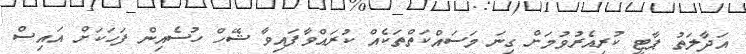
އަދާލަތު ޕާޓީ ކުރިއެރުވުމަށް ގިނަ މަސައްކަތްތަކެއް ކުރައްވާފައިވާ ޝޭހް ހުސެއިން ފަހަކަށް އައިސް